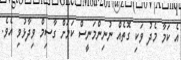
އެ ކަމާ މެދު ވަކި ގޮތެއް ނުނިންމަނީސް ކަމަށް ގާސިމް ވިދާޅުވި އެވެ.